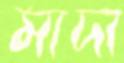
মাদা